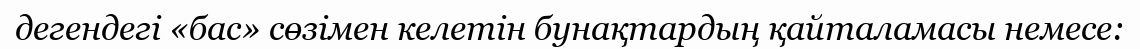
дегендегі «бас» сөзімен келетін бунақтардың қайталамасы немесе: